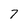
Character: 7